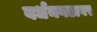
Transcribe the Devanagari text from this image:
वर्धनगडावर